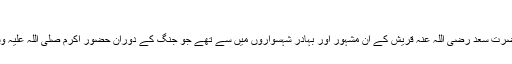
( الریاض النضرۃ )
ابن عبدالبر کہتے ہیں کہ حضرت سعد رضی اللہ عنہ قریش کے ان مشہور اور بہادر شہسواروں میں سے تھے جو جنگ کے دوران حضور اکرم صلی اللہ علیہ وسلم کے محافظ ہوتے تھے ۔